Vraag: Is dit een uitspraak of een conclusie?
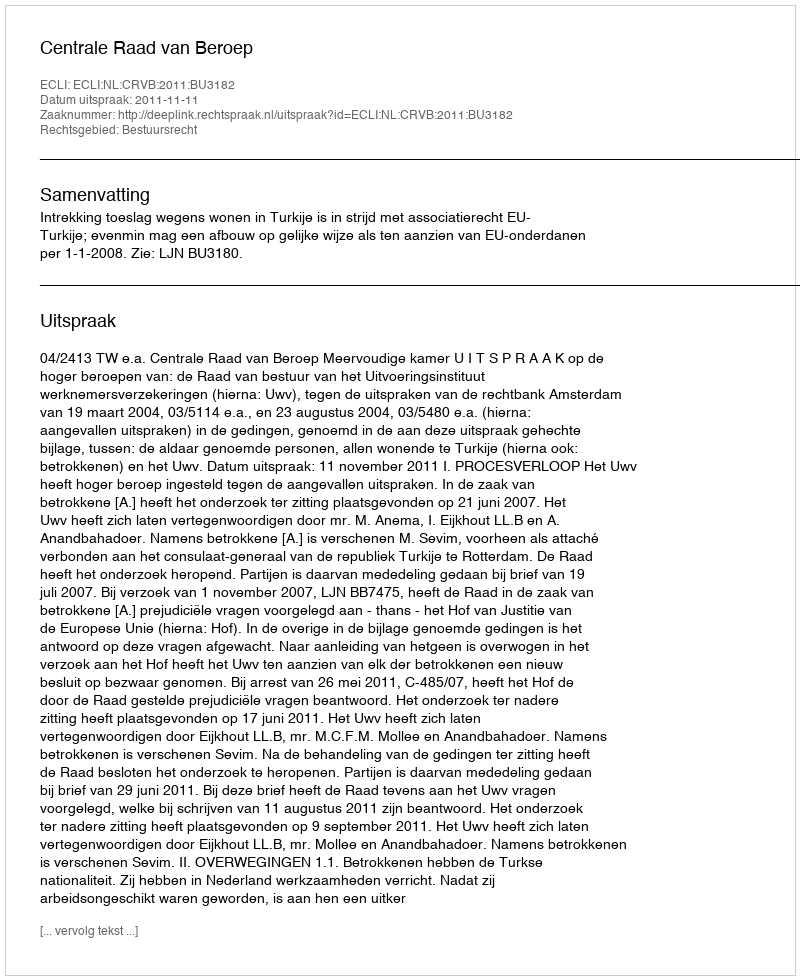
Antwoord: Uitspraak